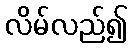
လိမ်လည်၍